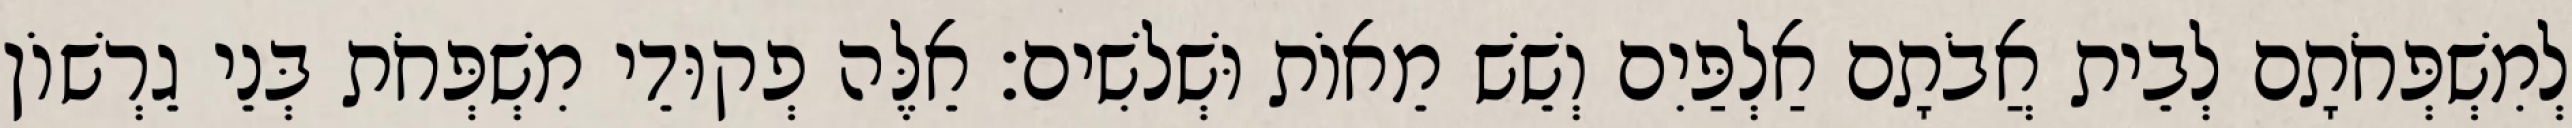
לְמִשְׁפְּחֹתָם לְבֵית אֲבֹתָם אַלְפַּיִם וְשֵׁשׁ מֵאוֹת וּשְׁלשִׁים׃ אֵלֶּה פְקוּדֵי מִשְׁפְּחֹת בְּנֵי גֵרְשׁוֹן